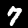
Label: 7